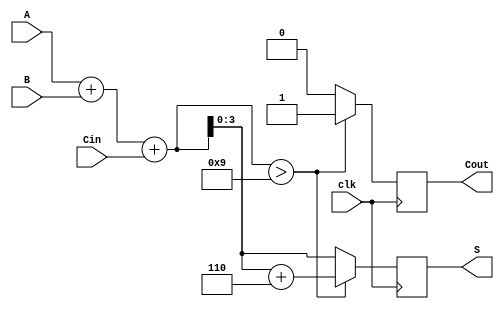
module BCD_Synchronous_Adder (
    input wire [3:0] A,      // First BCD digit
    input wire [3:0] B,      // Second BCD digit
    input wire clk,          // Clock signal
    input wire Cin,          // Carry-in for multi-digit additions
    output reg [3:0] S,      // BCD result
    output reg Cout          // Carry-out signal
);

    reg [4:0] Sum;           // 5-bit sum to hold A + B + Cin

    always @(posedge clk) begin
        // Step 1: Perform binary addition
        Sum = A + B + Cin;

        // Step 2: BCD correction logic
        if (Sum > 9) begin
            Sum = Sum + 5'd6; // Add 6 for BCD correction
            Cout = 1'b1;      // Set carry-out
        end else begin
            Cout = 1'b0;      // No carry-out
        end

        // Step 3: Assign the result to S (lower 4 bits of Sum)
        S = Sum[3:0];
    end

endmodule